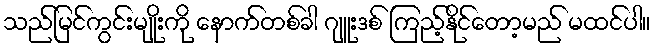
သည်မြင်ကွင်းမျိုးကို နောက်တစ်ခါ ဂျူးဒစ် ကြည့်နိုင်တော့မည် မထင်ပါ။